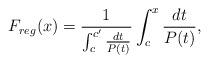
LaTeX: \begin{align*}F_{reg}(x)=\frac{1}{\int^{c'}_{c}\frac{dt}{P(t)}}\int^{x}_{c}\frac{dt}{P(t)},\end{align*}